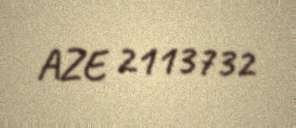
AZE 2113732